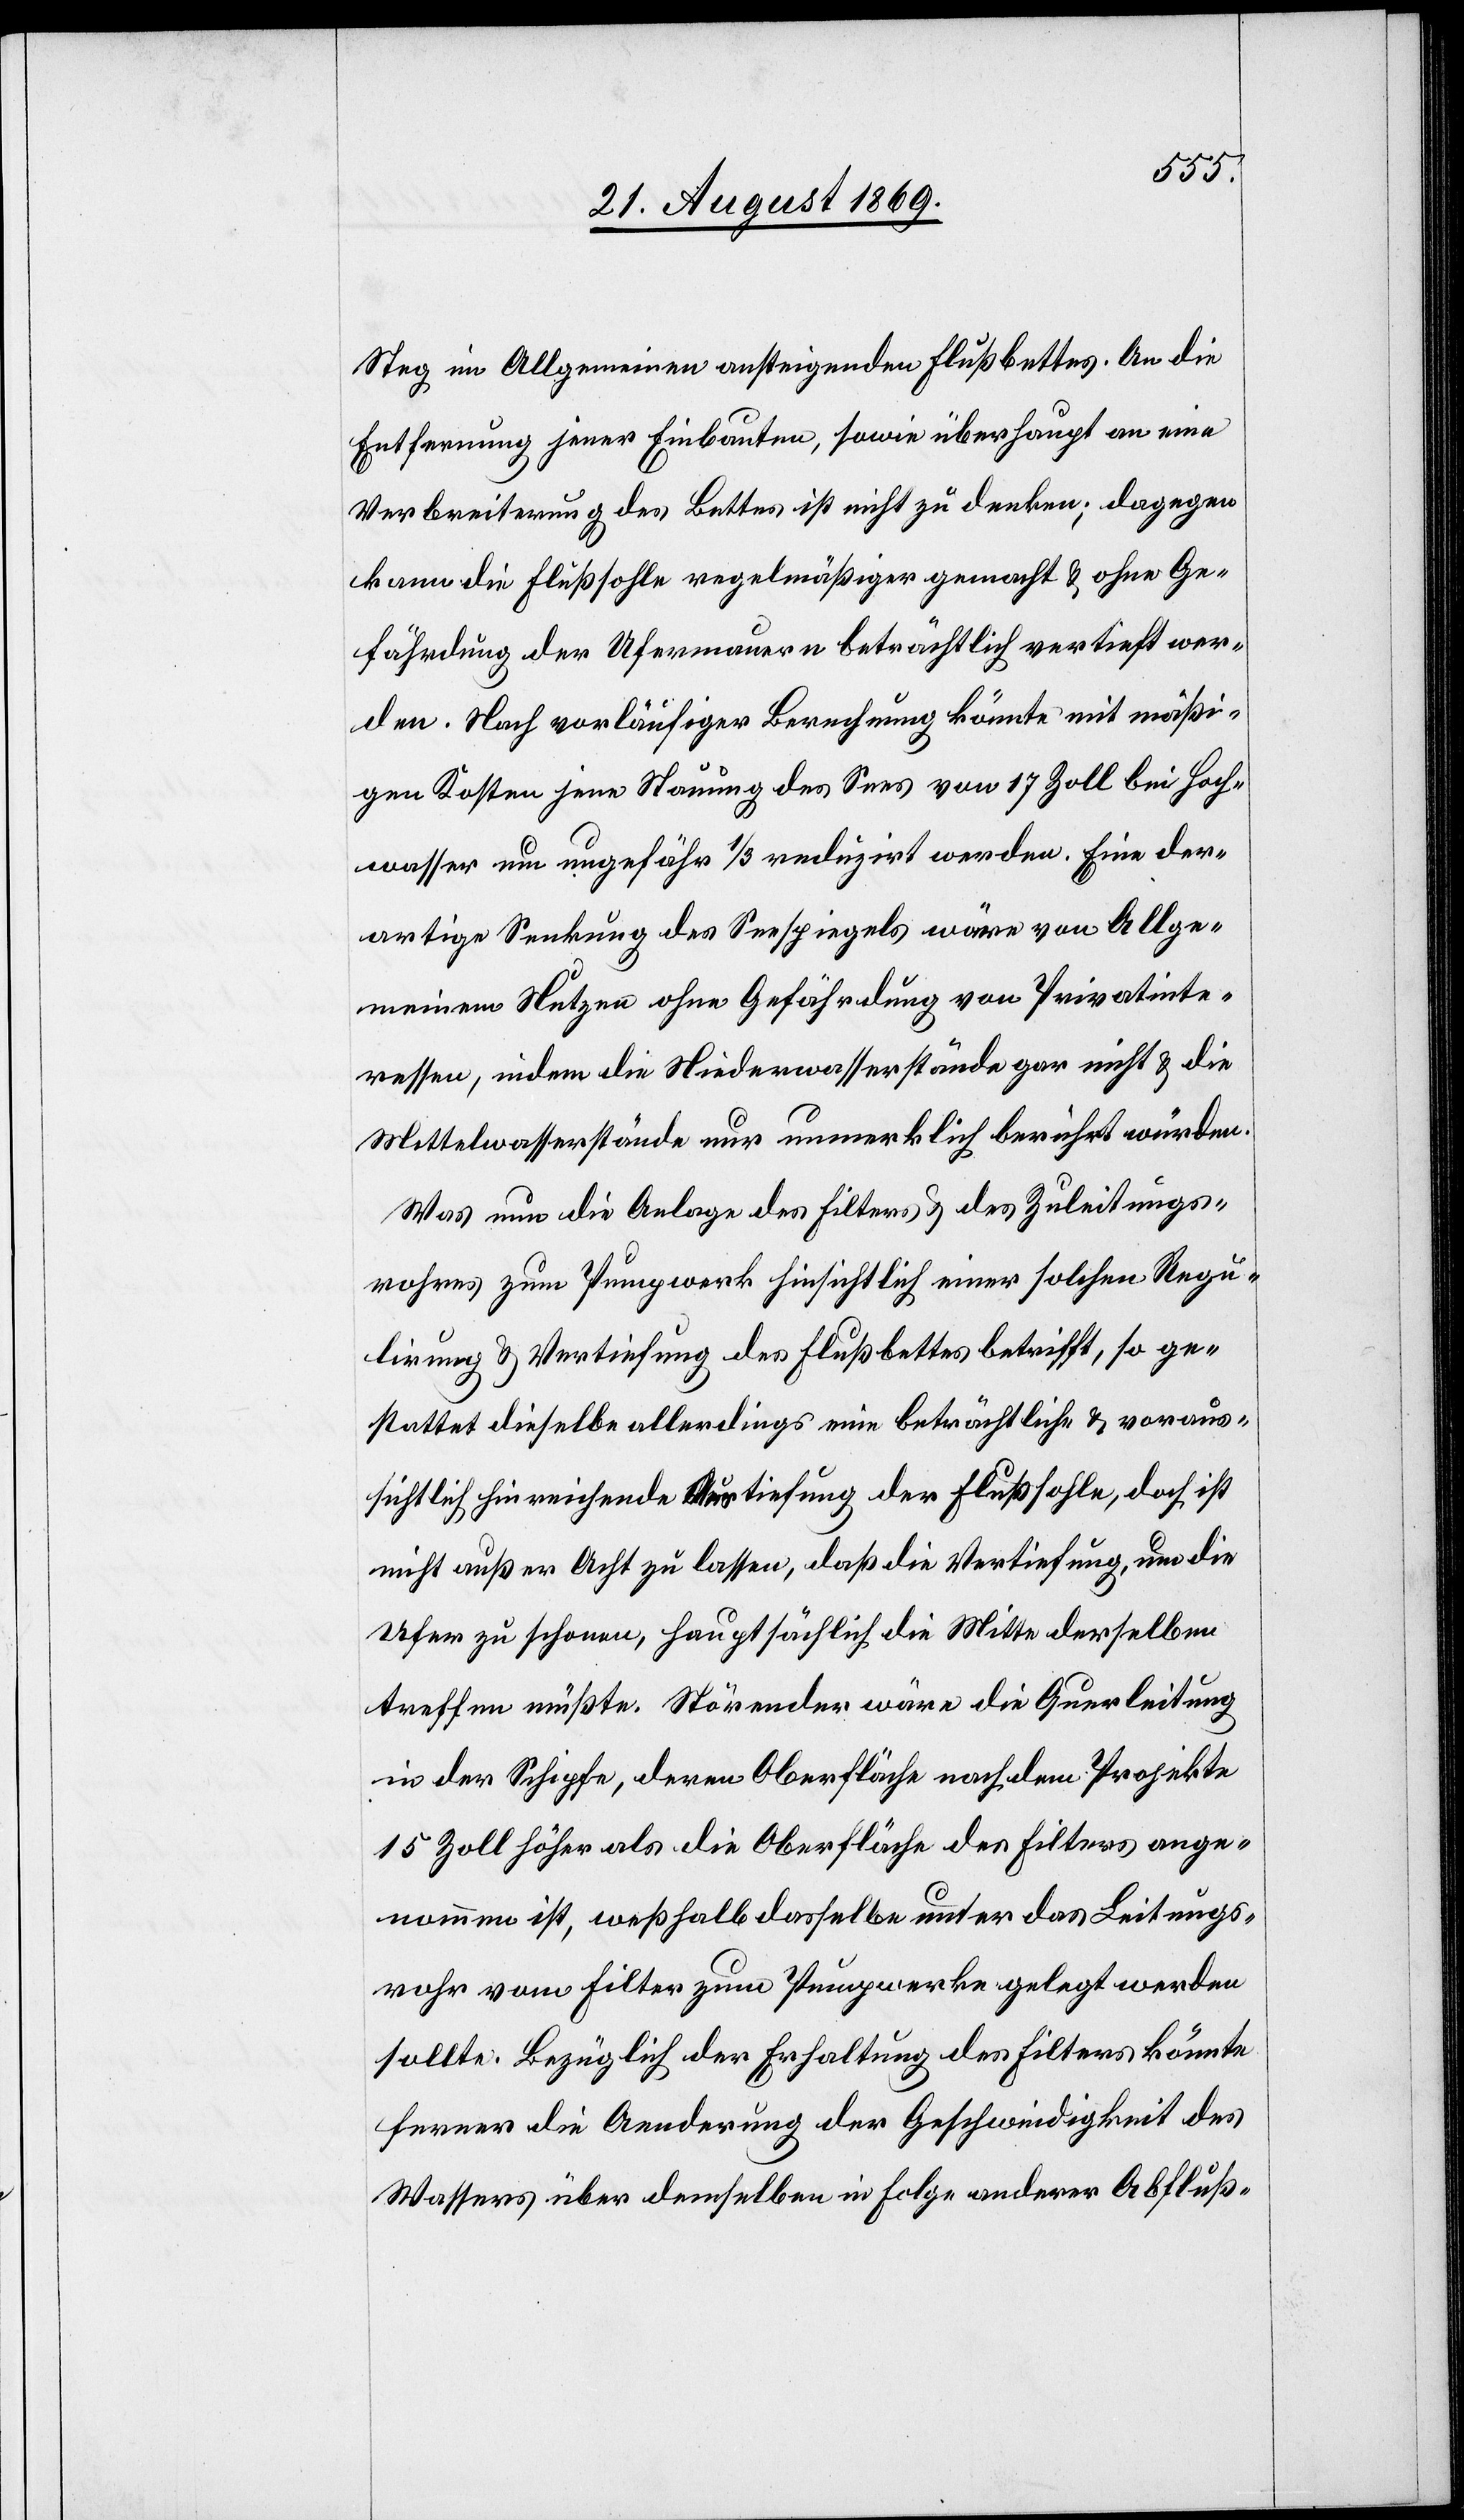
Steg im Allgemeinen ansteigenden Flußbettes. An die
Entfernung jener Einbauten, sowie überhaupt an eine
Verbreiterung des Bettes ist nicht zu denken; dagegen
kann die Flußsohle regelmäßiger gemacht & ohne Ge¬
fährdung der Ufermauern beträchtlich vertieft wer¬
den. Nach vorläufiger Berechnung könnte mit mäßi¬
gen Kosten jene Stauung des Sees von 17 Zoll bei Hoch¬
wasser um ungefähr 1/3 reduzirt werden. Eine der¬
artige Senkung des Seespiegels wäre von Allge¬
meinem Nutzen ohne Gefährdung von Privatinte¬
ressen, indem die Niederwasserstände gar nicht & die
Mittelwasserstände nur unmerklich berührt würden.
Was nun die Anlage des Filters & des Zuleitungs¬
rohres zum Pumpwerk hinsichtlich einer solchen Regu¬
lirung & Vertiefung des Flußbettes betrifft, so ge¬
stattet dieselbe allerdings eine beträchtliche & voraus¬
sichtlich hinreichende Vertiefung der Flußsohle, doch ist
nicht außer Acht zu lassen, daß die Vertiefung, um die
Ufer zu schonen, hauptsächlich die Mitte derselben
treffen müßte. Störender wäre die Querleitung
in der Schipfe, deren Oberfläche nach dem Projekte
15 Zoll höher als die Oberfläche des Filters ange¬
nommen ist, weßhalb dasselbe unter das Leitungs¬
rohr vom Filter zum Pumpwerke gelegt werden
sollte. Bezüglich der Erhaltung des Filters könnte
ferner die Aenderung der Geschwindigkeit des
Wassers über demselben in Folge anderer Abfluß-